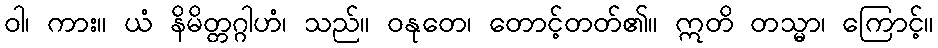
ဝါ၊ ကား။ ယံ နိမိတ္တဂ္ဂါဟံ၊ သည်။ ဝနုတေ၊ တောင့်တတ်၏။ ဣတိ တသ္မာ၊ ကြောင့်။